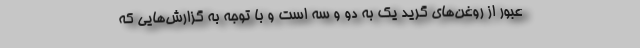
عبور از روغن‌های گرید یک به دو و سه است و با توجه به گزارش‌هایی که